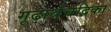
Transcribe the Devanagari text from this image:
गूढार्थचंद्रिका